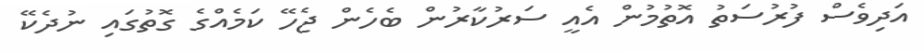
އަދިވެސް ފުރުސަތު އޮތުމުން އެއީ ސަރުކާރުން ބެހެން ޖެހޭ ކަމެއްގެ ގޮތުގައި ނުދެކޭ